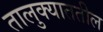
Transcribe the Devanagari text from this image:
तालुक्याततील